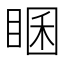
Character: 𥇘